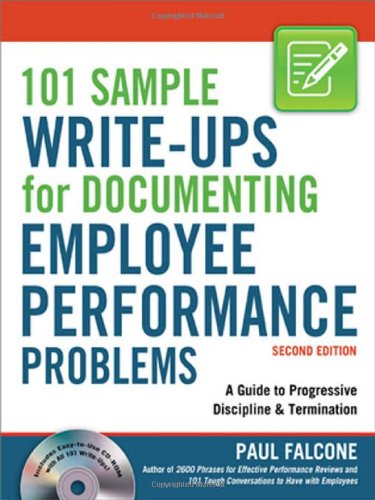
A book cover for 101 Sample Write-Ups for Documenting Employee Performance Problems: A Guide to Progressive Discipline & Termination; Paul Falcone; Business & Money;